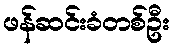
ဖန်ဆင်းခံတစ်ဦး